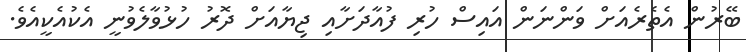
ބޭރުން އެތެރެއަށް ވަންނަން އައިސް ހުރި ފުއާދަށާއި ޖިޔާއަށް ދޮރު ހުޅުވާލެވުނީ އެކުއެކީއެވެ.